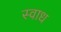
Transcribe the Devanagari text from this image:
स्वाध